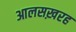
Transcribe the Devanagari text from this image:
आलसख़रह